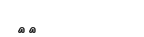
١٦